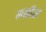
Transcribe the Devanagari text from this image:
मनीस